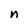
Character: n